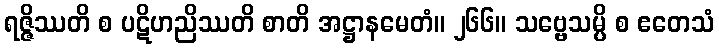
ရဇ္ဇိဿတိ စ ပဋိဟညိဿတိ စာတိ အဋ္ဌာနမေတံ။ ၂၆၆။ သဗ္ဗေသမ္ပိ စ ဧတေသံ